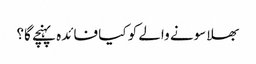
بھلا سونے والے کو کیا فائدہ پہنچے گا؟